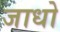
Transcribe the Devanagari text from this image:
जाधो